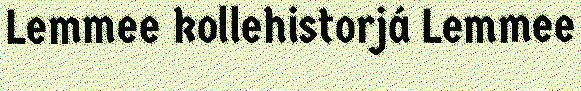
Lemmee kollehistorjá Lemmee